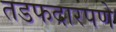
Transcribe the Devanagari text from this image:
तडफदारपणे